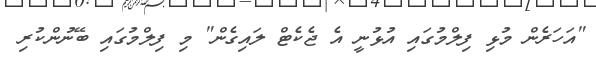
"އަހަރެން މުޅި ފިލްމުގައި އުޅުނީ އެ ޖެކެޓް ލައިގެން" މި ފިލްމުގައި ބޭނުންކުރި